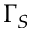
\Gamma _ { S }